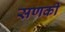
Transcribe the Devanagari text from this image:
सणकी